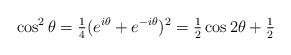
LaTeX: \begin{align*} \cos^2 \theta = \tfrac{1}{4}(e^{i\theta}+e^{-i\theta})^2 = \tfrac{1}{2} \cos 2\theta + \tfrac{1}{2}\end{align*}